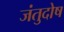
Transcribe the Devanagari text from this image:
जंतुदोष